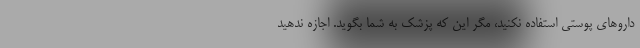
داروهای پوستی استفاده نکنید، مگر این که پزشک به شما بگوید. اجازه ندهید